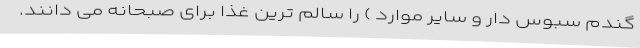
گندم سبوس دار و سایر موارد ) را سالم ترین غذا برای صبحانه می دانند.